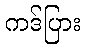
ကဒ်ပြား